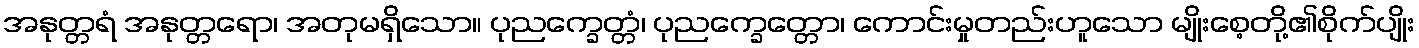
အနုတ္တရံ အနုတ္တရော၊ အတုမရှိသော။ ပုညက္ခေတ္တံ၊ ပုညက္ခေတ္တော၊ ကောင်းမှုတည်းဟူသော မျိုးစေ့တို့၏စိုက်ပျိုး